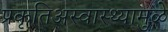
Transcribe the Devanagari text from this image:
प्रकृतिअस्वास्थ्यामुळे